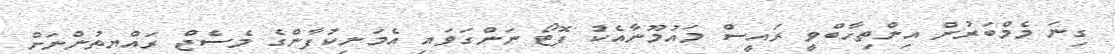
ގިނަ މެމްބަރުން އިންތިހާބްވީ ރައީސް މައުމޫނާއެކު ފޮޓޯ ނަންގަވައި އެމަނިކުފާންގެ މެސެޖް ރައްޔިތުންނަށް